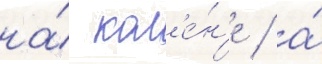
на́ кол'е́н'е / а́